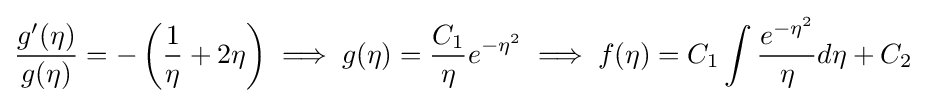
{g'(\eta ) \over g(\eta )}=-\left({1 \over \eta }+2\eta \right)\implies g(\eta )={C_{1} \over \eta }e^{-\eta ^{2}}\implies f(\eta )=C_{1}\int {e^{-\eta ^{2}} \over \eta }d\eta +C_{2}